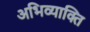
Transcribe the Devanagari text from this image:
अभिव्याक्ति